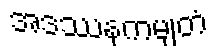
အဒဿနကမျတံ